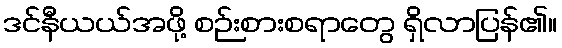
ဒင်နီယယ်အဖို့ စဉ်းစားစရာတွေ ရှိလာပြန်၏။